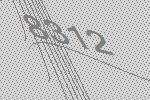
8312